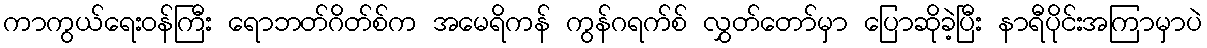
ကာကွယ်ရေးဝန်ကြီး ရောဘတ်ဂိတ်စ်က အမေရိကန် ကွန်ဂရက်စ် လွှတ်တော်မှာ ပြောဆိုခဲ့ပြီး နာရီပိုင်းအကြာမှာပဲ